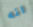
انه